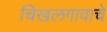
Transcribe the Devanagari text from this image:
चिखलगावाचे